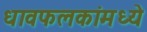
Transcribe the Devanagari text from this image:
धावफलकांमध्ये